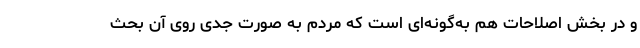
و در بخش اصلاحات هم به‌گونه‌ای است که مردم به صورت جدی روی آن بحث